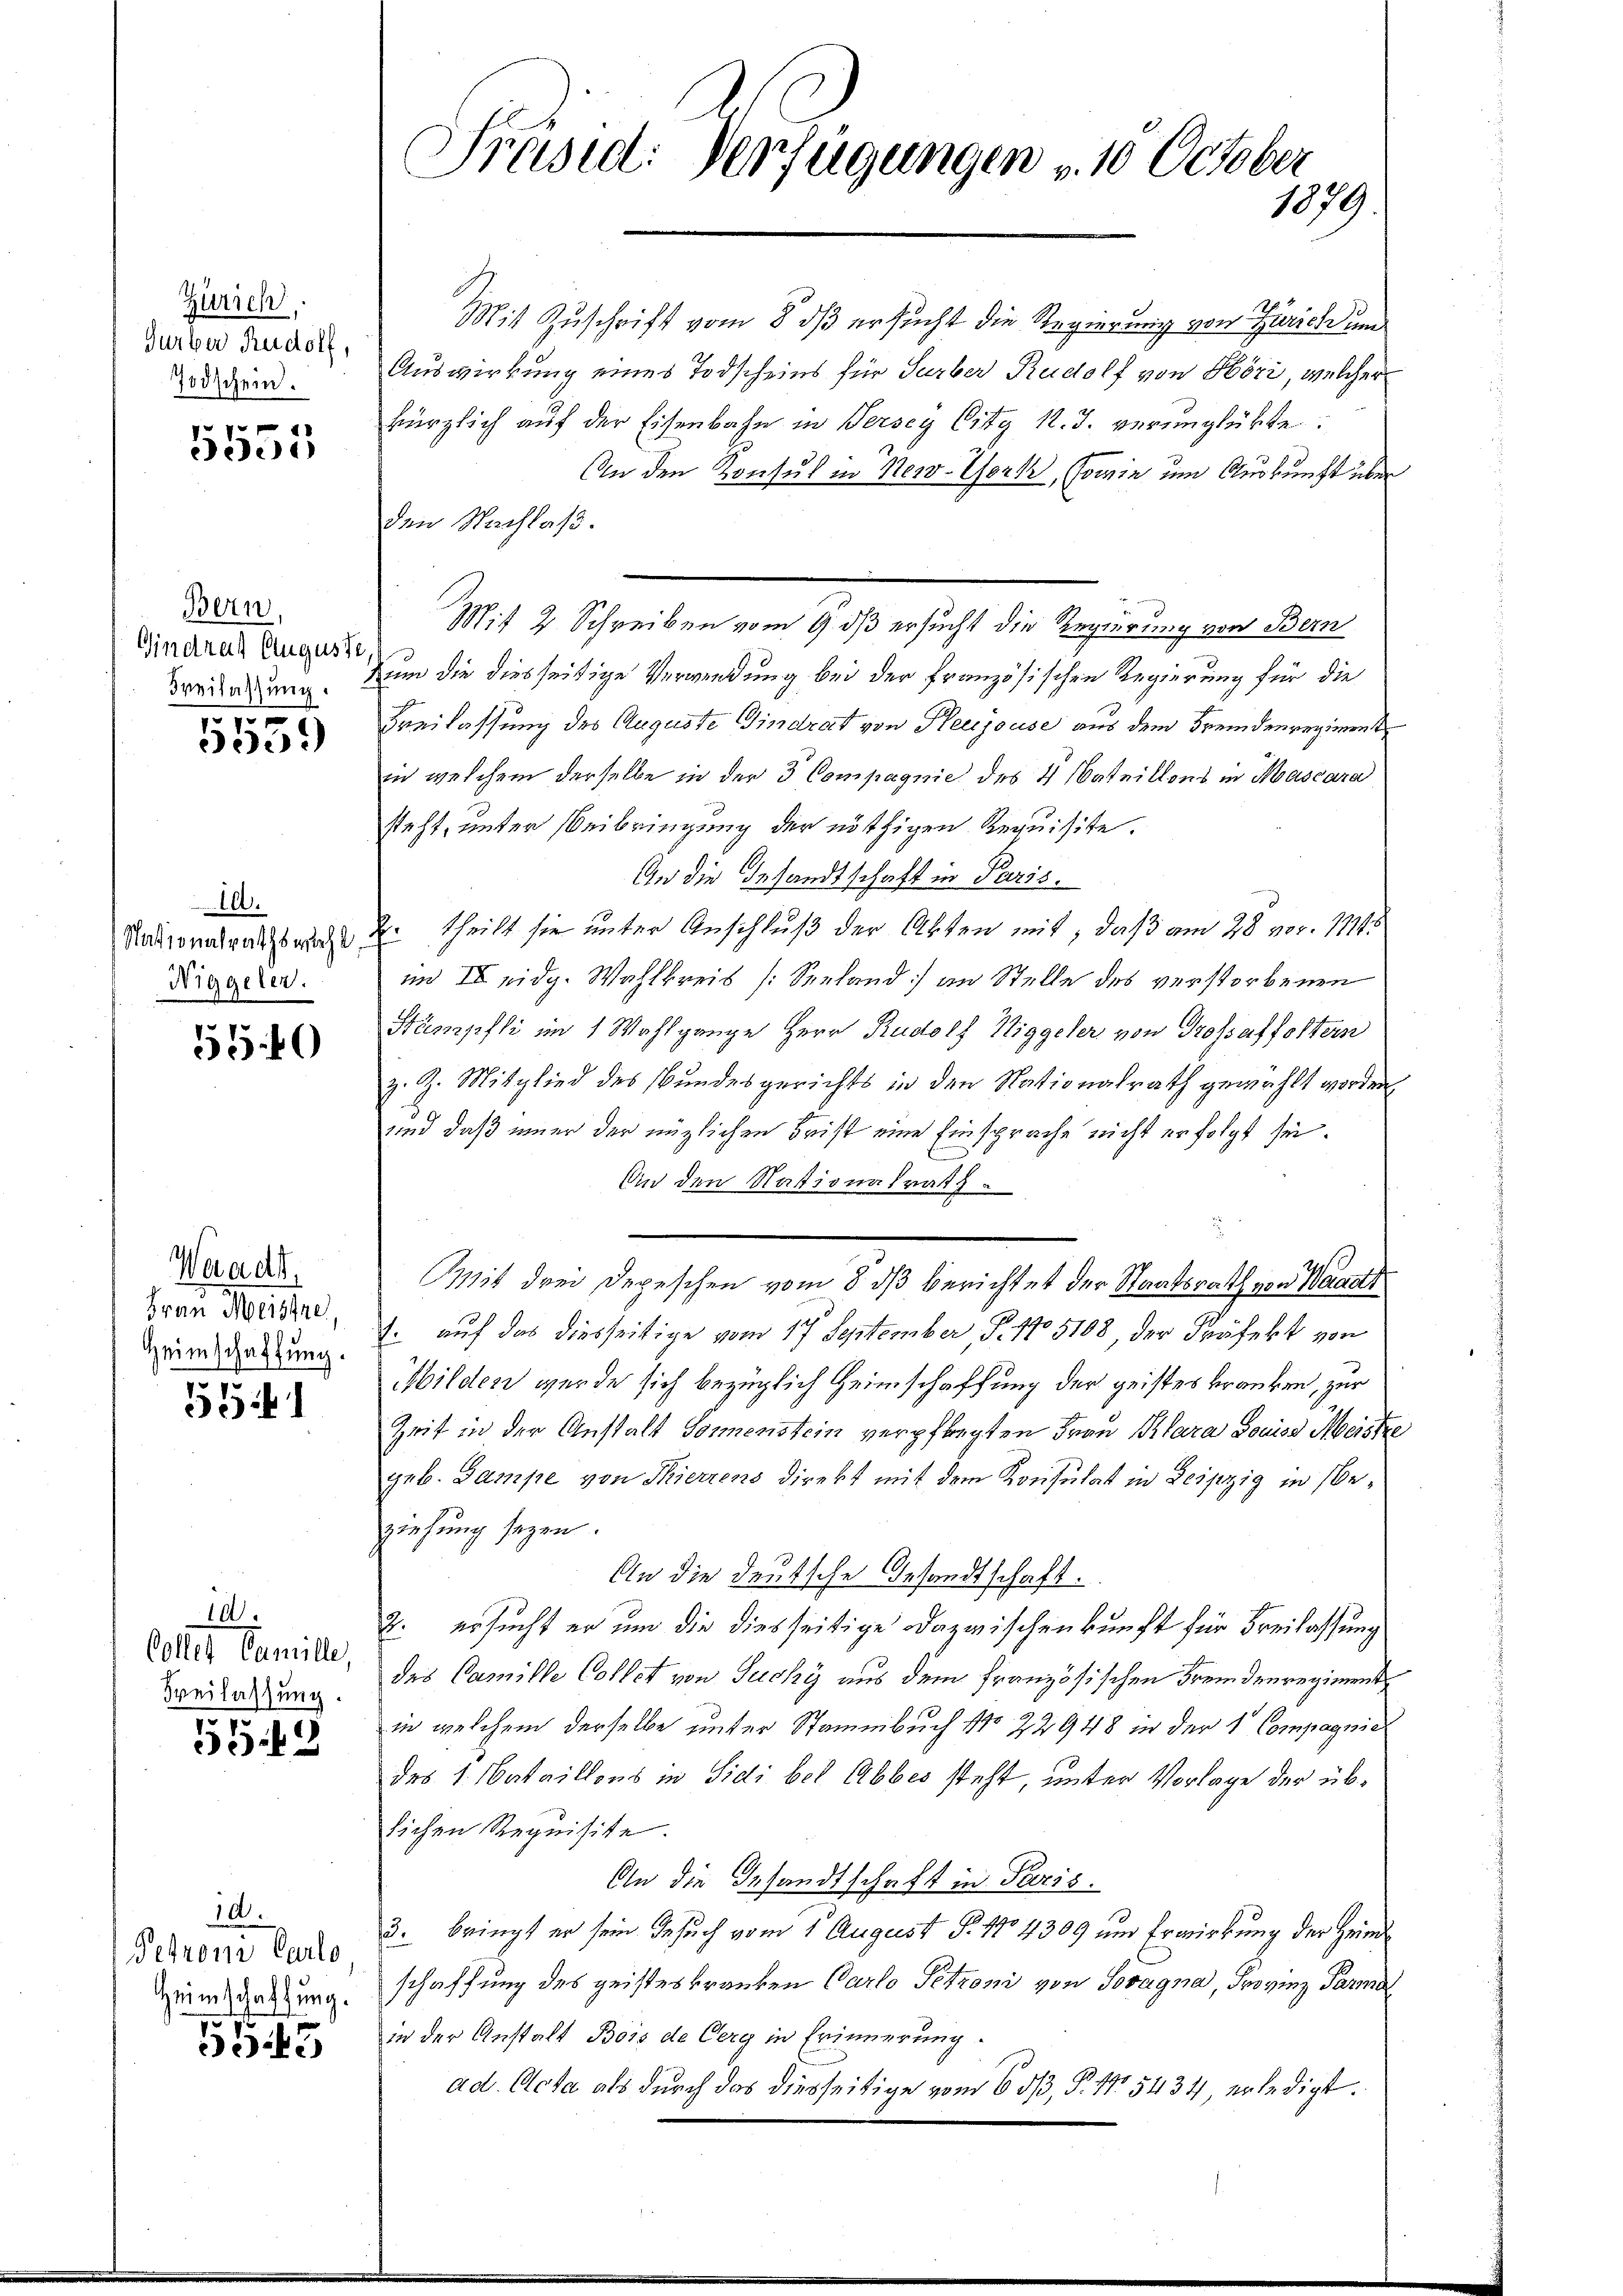
Zürich,
Turger Rudolf,
Todschein.

5555

Bern,
Gindrat Auguste
Freilassung.
10

300)

10.
Stationalrathswahl,
Niggeler.

55.40

Waadt
Frau Meistre,
Heimschaffung.

5541

10.
Collen Camille,
Beilassung.

5542

10.
Petroni Carlo
Heimschaffung.

5545

Präsid. Verfügungen u. 10 October
1079

Mit Zuschrift vom 8. ds ersucht die Regierung von Zürich um
Auswirkung eines Todscheins für Surber Rudolf von Höri, welcher
herzlich auf der Eisenbahn in Versey City k. J. verunglükte.
An den Konsul in New-York, sowie um Auskunft über
den Nachlaß.
Mit 2 Schreiben vom 9. dß ersucht die Regierung von Bern
im die diesseitige Verwendung bei der französischen Regierung für die
verlassung des Auguste Gindrat von Herjouse aus dem Fremdenregiment
i welchem derselbe in der 3 Compagnie des 4 Bataillons in Mascara
steht, unter Beibringung der nöthigen Requisite.
An die Gesandtschaft in Paris.
theilt sie unter Anschluß der Akten mit, daß am 28 vor. 1145
im II eidg. Wahlkreis (Seeland) an Stelle des verstorbenen
Wämpfli im 1 Wahlgange Herr Rudolf Wiggeler von Grossaffoltern
z. Z. Mitglied des Bundesgerichts in den Nationalrath gewählt worden,
und daß immer der möglichen Frist eine Einsprache nicht erfolgt sei.
An den Nationalrath

Mit drei Depeschen vom 8. ds berichtet der Staatsrath von Waadt
. auf das diesseitige vom 17 September P. 175108, der Präfekt von
Milden werde sich bezüglich Heimschaffung der geistes kranken, zur
Zeit in der Anstalt Sonnenstein verpflegten Frau Klara Louise Meiste
geb. Gampe von Thierrens direkt mit dem Konsulat in Leipzig in beiehung seyen.
An die deutsche Gesandtschaft.
2. ersucht er um die diesseitige Dazwischenkunft für Freilassung
das Camille Collet von Jucky aus dem französischen Fremdenregiment
in welchem derselbe unter Stammbuch No 22948 in der 1 Compagnie
des 1. Nataillons in Sidi bei Abbes steht, unter Vorlage der üblichen Requisite.
An die Gesandtschaft in Paris.
3. bringt er sein Gesuch vom 1. August P. 1704309 und Erwirkung der Heinschaffung des geisteskranken Carlo Petzoni von Soragna, Provinz Parmal
in der Anstalt Bois de Cerg in Erinnerung.
ad. Acta als durch das diesseitige vom 6. dβ, P. Nr. 5434 erledigt.